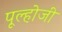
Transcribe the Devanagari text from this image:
पूल्होजी